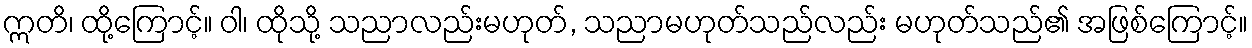
ဣတိ၊ ထို့ကြောင့်။ ဝါ၊ ထိုသို့ သညာလည်းမဟုတ်, သညာမဟုတ်သည်လည်း မဟုတ်သည်၏ အဖြစ်ကြောင့်။